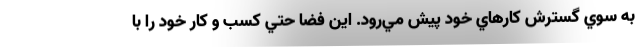
به سوي گسترش كارهاي خود پيش مي‌رود. اين فضا حتي كسب و كار خود را با